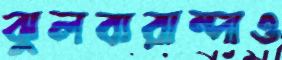
ঝুলবারান্দাও